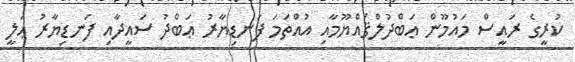
ކުރީގެ ރައީސް މައުމޫން ޢަބްދުލްޤައްޔޫމާއި އުއްތަމަ ފަނޑިޔާރު ޢަބްދު ސައީދާއި ފަނޑިޔާރު ޢަލީ